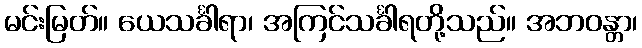
မင်းမြတ်။ ယေသင်္ခါရာ၊ အကြင်သင်္ခါရတို့သည်။ အဘဝန္တာ၊